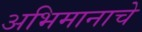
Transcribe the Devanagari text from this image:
अभिमानाचे